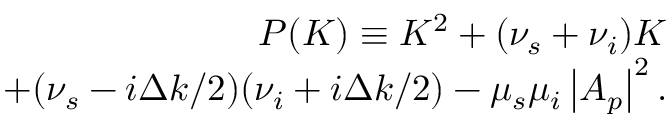
\begin{array} { r } { P ( K ) \equiv K ^ { 2 } + ( \nu _ { s } + \nu _ { i } ) K } \\ { + ( \nu _ { s } - i \Delta k / 2 ) ( \nu _ { i } + i \Delta k / 2 ) - \mu _ { s } \mu _ { i } \left| A _ { p } \right| ^ { 2 } . } \end{array}